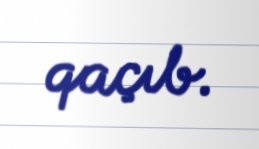
qaçıb.